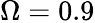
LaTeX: \Omega=0.9